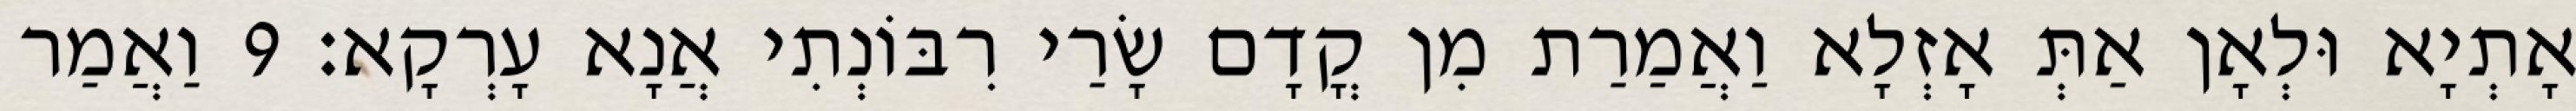
אָתְיָא וּלְאָן אַתְּ אָזְלָא וַאֲמַרַת מִן קֳדָם שָׂרַי רִבּוֹנְתִי אֲנָא עָרְקָא׃ 9 וַאֲמַר